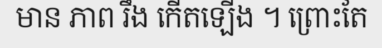
មាន ភាព រឹង កើតឡើង ។ ព្រោះតែ